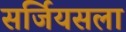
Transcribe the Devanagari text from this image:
सर्जियसला